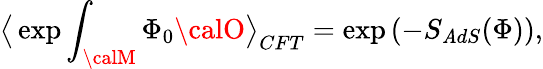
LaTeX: \big<\exp\int_{\calM}\Phi_{0}{\calO}\big>_{CFT}=\exp\left(-S_{\mathit{A}dS}(\Phi)\right),